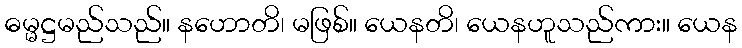
ဓမ္မဋ္ဌမည်သည်။ နဟောတိ၊ မဖြစ်။ ယေနတိ၊ ယေနဟူသည်ကား။ ယေန